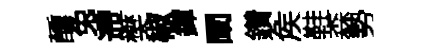
醺兔遰樊椒鐸闡鑽矦鞋森勢